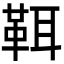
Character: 𩊐